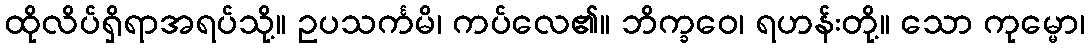
ထိုလိပ်ရှိရာအရပ်သို့။ ဥပသင်္ကမိ၊ ကပ်လေ၏။ ဘိက္ခဝေ၊ ရဟန်းတို့။ သော ကုမ္မော၊